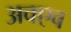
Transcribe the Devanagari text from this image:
अवएव